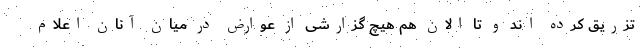
تزریق کرده اند و تا الان هم هیچ گزارشی از عوارض در میان آنان اعلام